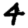
Digit: 4